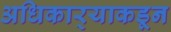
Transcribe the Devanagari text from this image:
अधिकार्‍याकडून